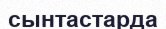
сынтастарда